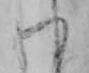
わ